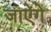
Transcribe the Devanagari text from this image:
जाऐंगे